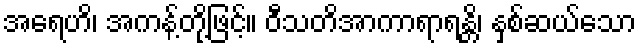
အရေဟိ၊ အကန့်တို့ဖြင့်။ ဝီသတိအာကာရာရန္တိ၊ နှစ်ဆယ်သော